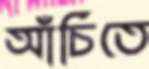
আঁচিতে